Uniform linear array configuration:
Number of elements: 32
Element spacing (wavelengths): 0.5
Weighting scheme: kaiser
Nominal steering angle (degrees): -45
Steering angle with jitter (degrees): -45.128
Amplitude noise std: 0.05
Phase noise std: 0.05

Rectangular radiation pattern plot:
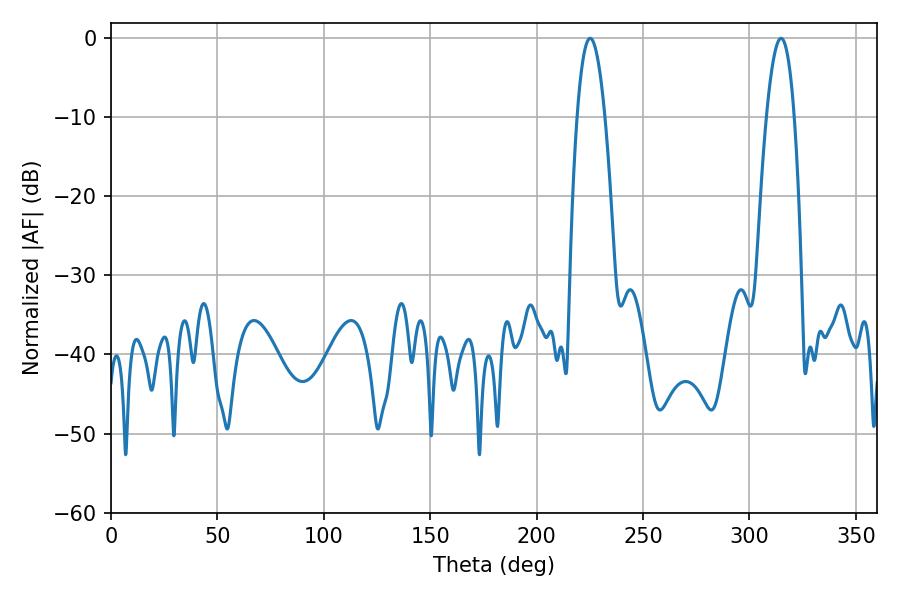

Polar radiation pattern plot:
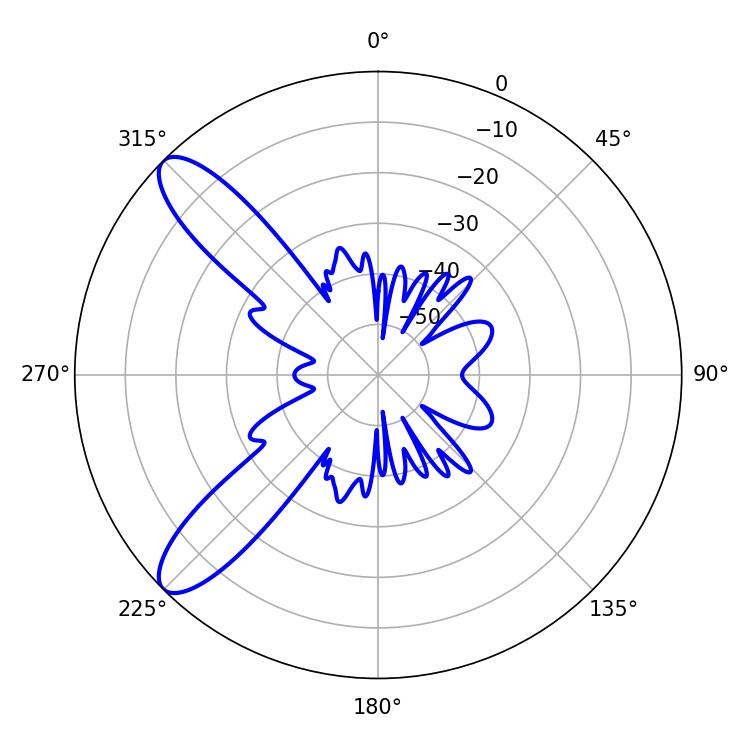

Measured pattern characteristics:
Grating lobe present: FALSE
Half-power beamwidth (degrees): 7.02
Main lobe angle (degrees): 225.18